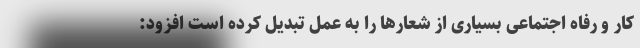
کار و رفاه اجتماعی بسیاری از شعارها را به عمل تبدیل کرده است افزود: